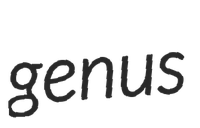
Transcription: genus